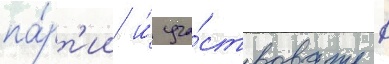
па́рт'ии и́ уча́ствовать в